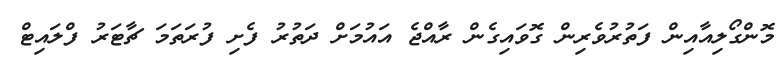
މޮންގޯލިއާއިން ފަތުރުވެރިން ގޮވައިގެން ރާއްޖެ އައުމަށް ދަތުރު ފެށި ފުރަތަމަ ޗާޓަރު ފްލައިޓް